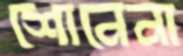
শোনেনা